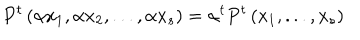
P ^ { t } \left( \alpha x _ { 1 } , \alpha x _ { 2 } , . . . , \alpha x _ { s } \right) = { \alpha } ^ { t } P ^ { t } \left( x _ { 1 } , . . . , x _ { s } \right)